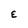
Character: E